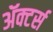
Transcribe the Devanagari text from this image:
ॲक्टर्स